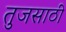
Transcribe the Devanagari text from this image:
तुजसाठी